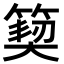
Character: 𮅳